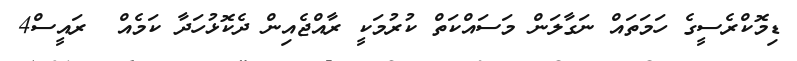
ޑިމޮކްރެސީގެ ހަމަތައް ނަގާލަން މަސައްކަތް ކުރުމަކީ ރާއްޖެއިން ދެކޮޅުހަދާ ކަމެއް  ރައީސް4